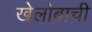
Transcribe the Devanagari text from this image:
खेलोबाची